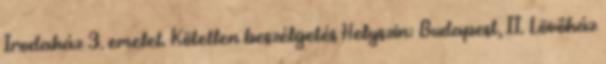
Irodaház 3. emelet. Kötetlen beszélgetés Helyszin: Budapest, II. Lövőház